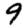
Digit: 9